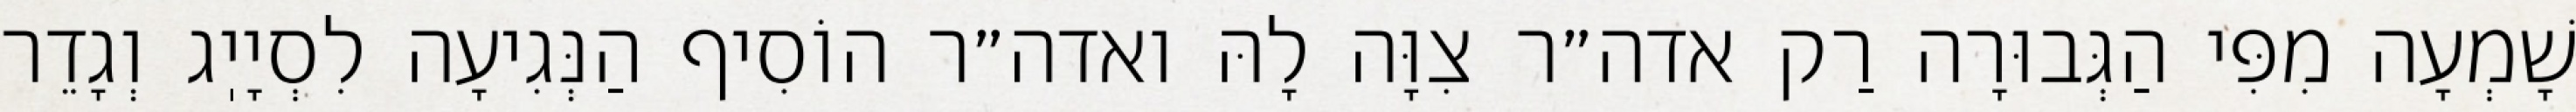
שָׁמְעָה מִפִּי הַגְּבוּרָה רַק אדה״ר צִוָּה לָהּ ואדה״ר הוֹסִיף הַנְּגִיעָה לִסְיָיֽג וְגָדֵר